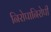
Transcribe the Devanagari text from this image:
निरोपानिरोपी